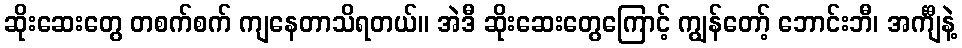
ဆိုးဆေးတွေ တစက်စက် ကျနေတာသိရတယ်။ အဲဒီ ဆိုးဆေးတွေကြောင့် ကျွန်တော့် ဘောင်းဘီ၊ အင်္ကျီနဲ့